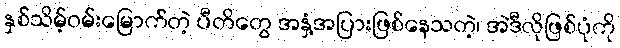
နှစ်သိမ့်ဝမ်းမြောက်တဲ့ ပီတိတွေ အနှံ့အပြားဖြစ်နေသတဲ့၊ အဲဒီလိုဖြစ်ပုံကို